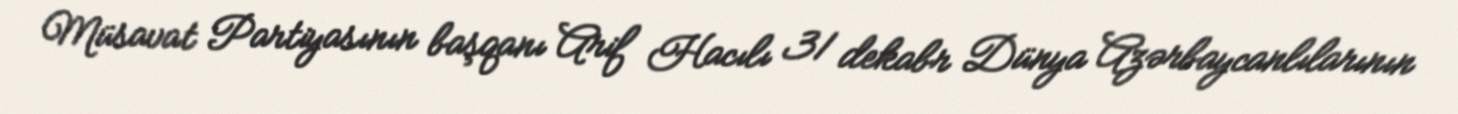
Müsavat Partiyasının başqanı Arif Hacılı 31 dekabr Dünya Azərbaycanlılarının